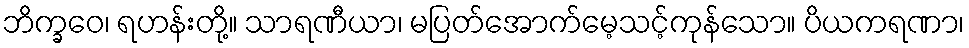
ဘိက္ခဝေ၊ ရဟန်းတို့။ သာရဏီယာ၊ မပြတ်အောက်မေ့သင့်ကုန်သော။ ပိယကရဏာ၊